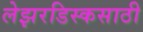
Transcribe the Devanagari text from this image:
लेझरडिस्कसाठी